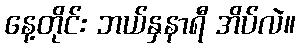
နေ့တိုင်း ဘယ်နှနာရီ အိပ်လဲ။